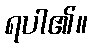
ရပါ၏။